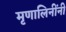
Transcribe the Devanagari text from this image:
मृणालिनींनी